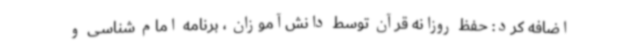
اضافه کرد: حفظ روزانه قرآن توسط دانش‌آموزان ، برنامه امام شناسی و